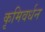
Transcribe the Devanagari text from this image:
कृमिवर्धन